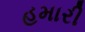
હમારી